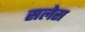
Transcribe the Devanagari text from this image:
सलेस